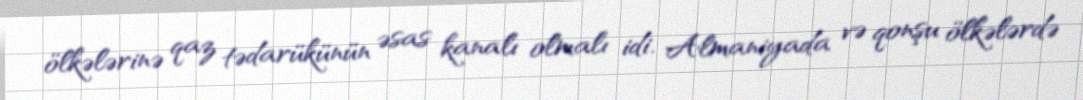
ölkələrinə qaz tədarükünün əsas kanalı olmalı idi. Almaniyada və qonşu ölkələrdə